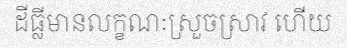
ដីធ្លីមានលក្ខណៈស្រួចស្រាវ ហើយ